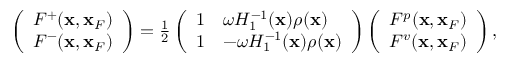
\begin{array} { r } { \left( \begin{array} { l } { F ^ { + } ( { \bf x } , { \bf x } _ { F } ) } \\ { F ^ { - } ( { \bf x } , { \bf x } _ { F } ) } \end{array} \right) = \frac { 1 } { 2 } \left( \begin{array} { l l } { 1 } & { \omega { \cal H } _ { 1 } ^ { - 1 } ( { \bf x } ) \rho ( { \bf x } ) } \\ { 1 } & { - \omega { \cal H } _ { 1 } ^ { - 1 } ( { \bf x } ) \rho ( { \bf x } ) } \end{array} \right) \left( \begin{array} { l } { F ^ { p } ( { \bf x } , { \bf x } _ { F } ) } \\ { F ^ { v } ( { \bf x } , { \bf x } _ { F } ) } \end{array} \right) , } \end{array}